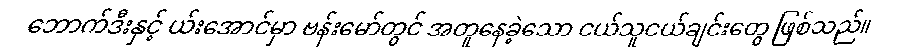
ဘောက်ဒီးနှင့် ယ်းအောင်မှာ ဗန်းမော်တွင် အတူနေခဲ့သော ငယ်သူငယ်ချင်းတွေ ဖြစ်သည်။